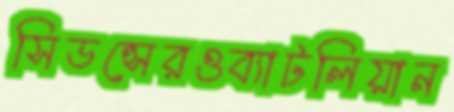
সিডন্সেরওব্যাটলিয়ান